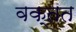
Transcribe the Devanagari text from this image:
वक्तत